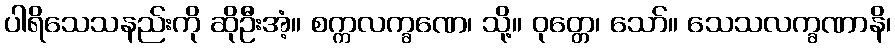
ပါရိသေသနည်းကို ဆိုဦးအံ့။ စက္ကလက္ခဏေ၊ သို့။ ဝုတ္တေ၊ သော်။ သေသလက္ခဏာနိ၊